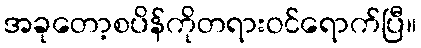
အခုတော့စပိန်ကိုတရားဝင်ရောက်ပြီ။